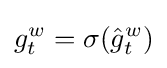
g_{t}^{w}=\sigma ({\hat {g}}_{t}^{w})